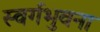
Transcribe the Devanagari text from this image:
स्वर्गभुवना